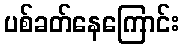
ပစ်ခတ်နေကြောင်း